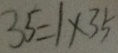
3 5 = 1 \times 3 5